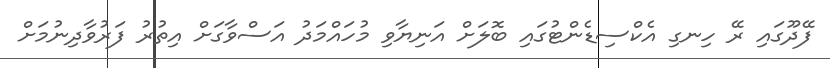
ފޭދޫގައި ރޭ ހިނގި އެކްސިޑެންޓުގައި ބޮލަށް އަނިޔާވި މުހައްމަދު އަސްވާގަށް އިތުރު ފަރުވާދިނުމަށް